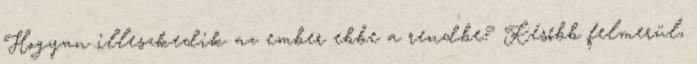
Hogyan illeszkedik az ember ebbe a rendbe? Később felmerül,